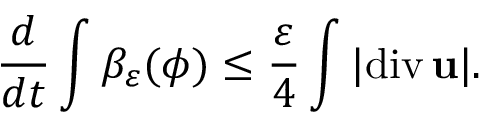
\frac { d } { d t } \int \beta _ { \varepsilon } ( \phi ) \leq \frac { \varepsilon } { 4 } \int | \mathrm { d i v } \, { \bf u } | .